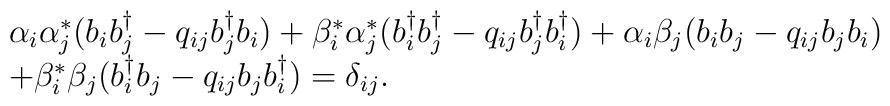
\begin{array}{l}  \alpha_{i}\alpha_{j}^{*}(b_{i}b_{j}^{\dagger} - q_{ij}b_{j}^{\dagger}b_{i})   + \beta_{i}^{*}\alpha_{j}^{*}(b_{i}^{\dagger}b_{j}^{\dagger} - q_{ij}   b_{j}^{\dagger}b_{i}^{\dagger}) + \alpha_{i}\beta_{j}(b_{i}b_{j} - q_{ij}   b_{j}b_{i})\\ + \beta_{i}^{*}\beta_{j}(b_{i}^{\dagger}b_{j} - q_{ij}b_{j}   b_{i}^{\dagger}) = \delta_{ij} .  \end{array}